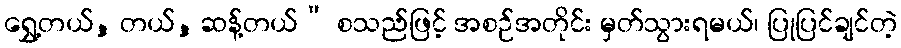
ရွှေ့တယ်, တယ်, ဆန့်တယ်” စသည်ဖြင့် အစဉ်အတိုင်း မှတ်သွားရမယ်၊ ပြုပြင်ချင်တဲ့